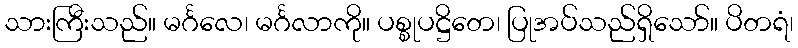
သားကြီးသည်။ မင်္ဂလေ၊ မင်္ဂလာကို။ ပစ္စုပဋ္ဌိတေ၊ ပြုအပ်သည်ရှိသော်။ ပိတရံ၊